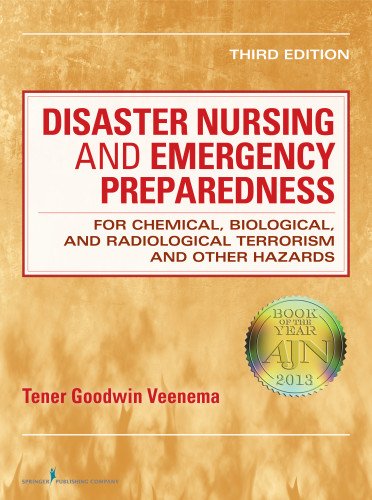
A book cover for Disaster Nursing and Emergency Preparedness: for Chemical, Biological, and Radiological Terrorism and Other Hazards, for Chemical, Biological, and ... Terrorism and Other Hazards, Third Edition; Medical Books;